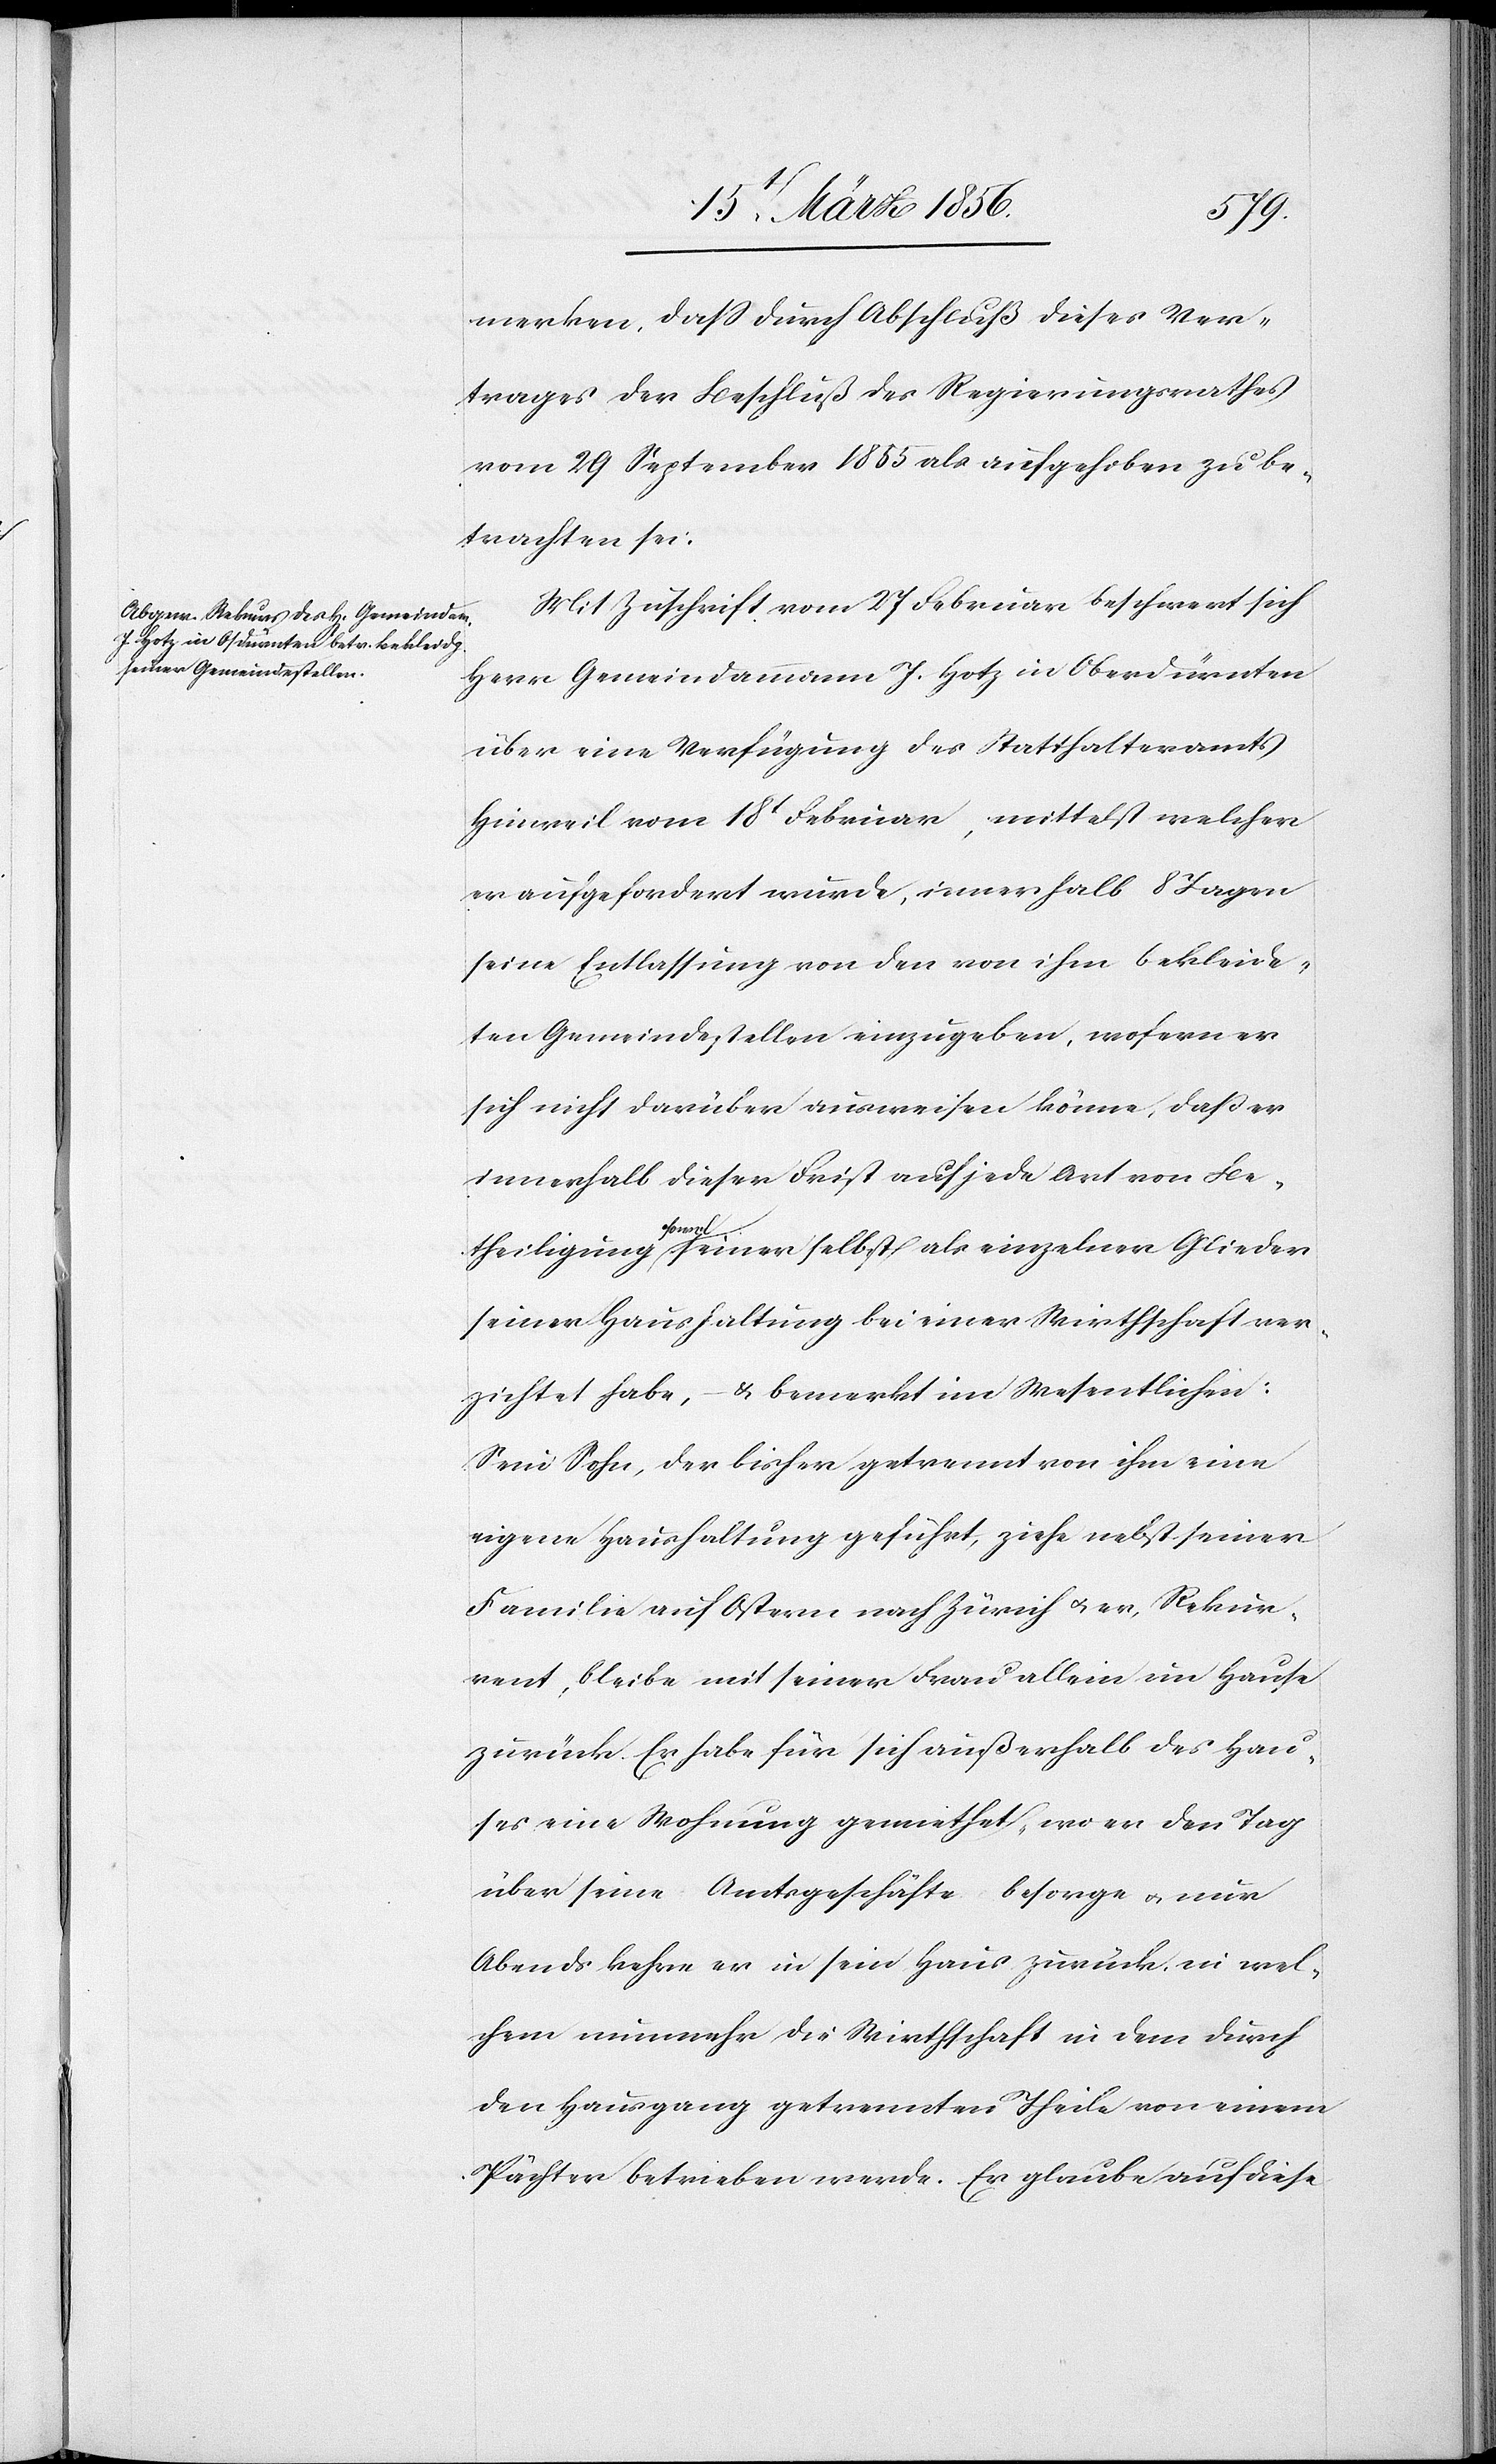
merken, daß durch Abschluß dieses Ver¬
trages der Beschluß des Regierungsrathes
vom 29 September 1855 als aufgehoben zu be¬
trachten sei.
Mit Zuschrift vom 27 Februar beschwert sich
Herr Gemeindammann J. Hotz in Oberdürnten
über eine Verfügung des Statthalteramts
Hinweil vom 18t Februar, mittelst welcher
er aufgefordert wurde, innerhalb 8 Tagen
seine Entlassung von den von ihm bekleide¬
ten Gemeindestellen einzugeben, wofern er
sich nicht darüber ausweisen könne, daß er
innerhalb dieser Frist auf jede Art von Be¬
theiligung a-sowol-a seiner selbst als einzelner Glieder
seiner Haushaltung bei einer Wirthschaft ver¬
zichtet habe, & bemerkt im Wesentlichen:
Sein Sohn, der bisher getrennt von ihm eine
eigene Haushaltung geführt, ziehe nebst seiner
Familie auf Ostern nach Zürich u. er, Rekur¬
rent, bleibe mit seiner Frau allein im Hause
zurück. Er habe für sich außerhalb des Hau¬
ses eine Wohnung gemiethet, wo er den Tag
über seine Amtsgeschäfte besorge u. nur
Abends kehre er in sein Haus zurück, in wel¬
chem nunmehr die Wirthschaft in dem durch
den Hausgang getrennten Theile von einem
Pächter betrieben werde. Er glaube auf diese